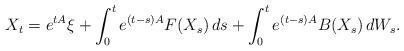
LaTeX: \begin{align*}X_t = e^{tA} \xi + \int_0^t e^{(t-s)A}F(X_s) \, ds+\int_0^t e^{(t-s)A} B( X_s ) \, dW_s .\end{align*}